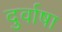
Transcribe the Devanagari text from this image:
दुर्वाषा